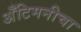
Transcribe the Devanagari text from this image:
अँटिमनीचा